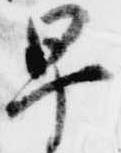
早